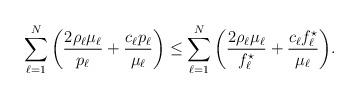
LaTeX: \begin{align*} \sum_{\ell=1}^{N}\bigg(\frac{2\rho_{\ell}\mu_{\ell}}{p_\ell}+\frac{c_\ell p_\ell}{\mu_\ell}\bigg) \le \sum_{\ell=1}^{N}\bigg(\frac{2\rho_{\ell}\mu_{\ell}}{ f_\ell^\star}+\frac{c_\ell f_\ell^\star}{\mu_\ell}\bigg).\end{align*}